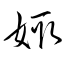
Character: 娵